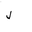
Letter: _lam